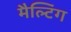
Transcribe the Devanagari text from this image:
मैल्टिंग